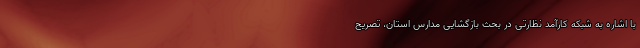
با اشاره به شبکه کارآمد ‌نظارتی در بحث بازگشایی مدارس استان، تصریح